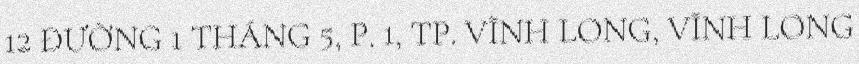
12 ĐƯỜNG 1 THÁNG 5, P. 1, TP. VĨNH LONG, VĨNH LONG